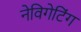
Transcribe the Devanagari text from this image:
नेविगेटिंग